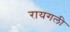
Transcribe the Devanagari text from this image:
रायगली